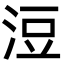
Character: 浢